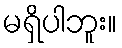
မရှိပါဘူး။